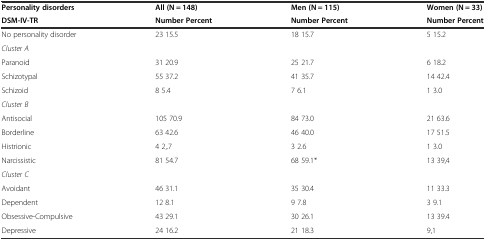
| Personality disorders | All (N = 148) | Men (N = 115) | Women (N = 33) |
 | DSM-IV-TR | Number Percent | Number Percent | Number Percent |
 | --- | --- | --- | --- |
 | No personality disorder | 23 15.5 | 18 15.7 | 5 15.2 |
 | Cluster A |  |  |  |
 | Paranoid | 31 20.9 | 25 21.7 | 6 18.2 |
 | Schizotypal | 55 37.2 | 41 35.7 | 14 42.4 |
 | Schizoid | 8 5.4 | 7 6.1 | 1 3.0 |
 | Cluster B |  |  |  |
 | Antisocial | 105 70.9 | 84 73.0 | 21 63.6 |
 | Borderline | 63 42.6 | 46 40.0 | 17 51.5 |
 | Histrionic | 4 2,.7 | 3 2.6 | 1 3.0 |
 | Narcissistic | 81 54.7 | 68 59.1* | 13 39,4 |
 | Cluster C |  |  |  |
 | Avoidant | 46 31.1 | 35 30.4 | 11 33.3 |
 | Dependent | 12 8.1 | 9 7.8 | 3 9.1 |
 | Obsessive-Compulsive | 43 29.1 | 30 26.1 | 13 39.4 |
 | Depressive | 24 16.2 | 21 18.3 | 9,1 |